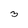
Character: 3